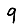
Digit: 9